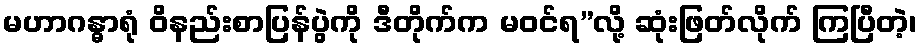
မဟာဂန္ဓာရုံ ဝိနည်းစာပြန်ပွဲကို ဒီတိုက်က မဝင်ရ”လို့ ဆုံးဖြတ်လိုက် ကြပြီတဲ့၊